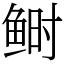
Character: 鲥